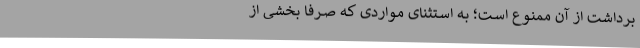
برداشت از آن ممنـوع اسـت؛ بـه اسـتثنای مـواردی کـه صـرفاً بخشـی از